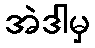
အဲဒါမှ